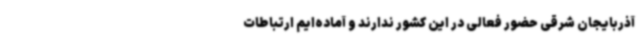
آذربایجان شرقی حضور فعالی در این کشور ندارند و آماده‌ایم ارتباطات